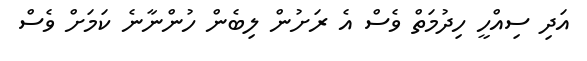
އަދި ސިއްހީ ހިދުމަތް ވެސް އެ ރަށުން ލިބެން ހުންނާނެ ކަމަށް ވެސް